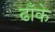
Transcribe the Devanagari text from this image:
ढाँके